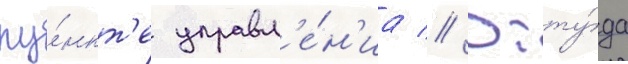
пу́нкт'е управл'е́н'иа // Отту́да